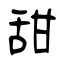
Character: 甜